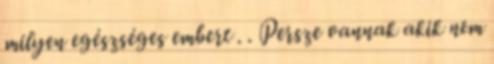
milyen egészséges embert . . Persze vannak akik nem